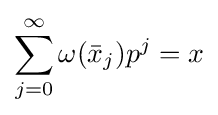
\sum _{j=0}^{\infty }\omega ({\bar {x}}_{j})p^{j}=x